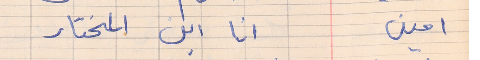
امين    انا ابن المختار